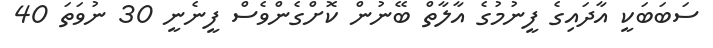
ސަބަބަކީ އާދައިގެ ފީނުމުގެ އާލާތް ބޭނުން ކޮށްގެންވެސް ފީނެނީ 30 ނުވަތަ 40